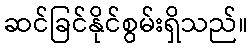
ဆင်ခြင်နိုင်စွမ်းရှိသည်။